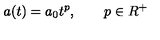
a ( t ) = a _ { 0 } t ^ { p } , \qquad p \in R ^ { + }